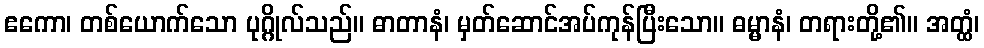
ဧကော၊ တစ်ယောက်သော ပုဂ္ဂိုလ်သည်။ ဓာတာနံ၊ မှတ်ဆောင်အပ်ကုန်ပြီးသော။ ဓမ္မာနံ၊ တရားတို့၏။ အတ္ထံ၊